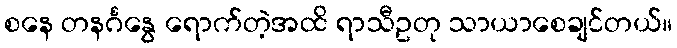
စနေ တနင်္ဂနွေ ရောက်တဲ့အထိ ရာသီဥတု သာယာစေချင်တယ်။